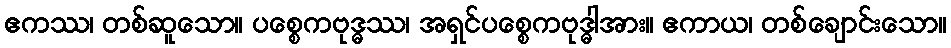
ဧကဿ၊ တစ်ဆူသော။ ပစ္စေကဗုဒ္ဓဿ၊ အရှင်ပစ္စေကဗုဒ္ဓါအား။ ဧကာယ၊ တစ်ချောင်းသော။